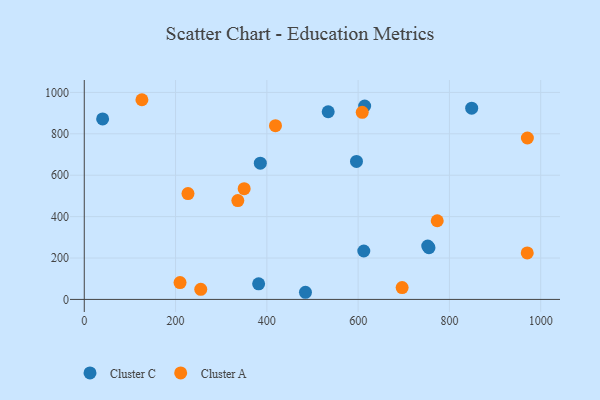
{"axis": {"x": "Ad Spend", "y": "Demand"}, "legend": ["Cluster A", "Cluster C"], "data": [{"x": "848.8", "y": 923.8, "type": "Cluster C"}, {"x": "484.6", "y": 34.5, "type": "Cluster C"}, {"x": "612.4", "y": 233.8, "type": "Cluster C"}, {"x": "596.4", "y": 666.6, "type": "Cluster C"}, {"x": "614.3", "y": 934.5, "type": "Cluster C"}, {"x": "755.2", "y": 249.9, "type": "Cluster C"}, {"x": "534.4", "y": 906.6, "type": "Cluster C"}, {"x": "382.0", "y": 75.5, "type": "Cluster C"}, {"x": "385.7", "y": 658.2, "type": "Cluster C"}, {"x": "752.5", "y": 257.6, "type": "Cluster C"}, {"x": "40.2", "y": 872.1, "type": "Cluster C"}, {"x": "418.9", "y": 839.1, "type": "Cluster A"}, {"x": "126.3", "y": 964.7, "type": "Cluster A"}, {"x": "255.2", "y": 48.8, "type": "Cluster A"}, {"x": "696.4", "y": 57.4, "type": "Cluster A"}, {"x": "336.4", "y": 477.5, "type": "Cluster A"}, {"x": "970.8", "y": 779.8, "type": "Cluster A"}, {"x": "209.8", "y": 81.5, "type": "Cluster A"}, {"x": "773.3", "y": 380.0, "type": "Cluster A"}, {"x": "609.0", "y": 904.0, "type": "Cluster A"}, {"x": "227.2", "y": 511.1, "type": "Cluster A"}, {"x": "970.5", "y": 224.8, "type": "Cluster A"}, {"x": "350.3", "y": 534.8, "type": "Cluster A"}]}